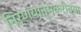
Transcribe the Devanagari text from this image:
निर्णयात्मकरीत्या